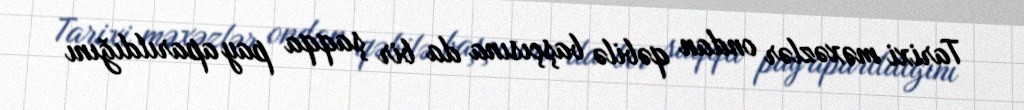
Tarixi məxəzlər ondan qəbilə başçısına da bir şaqqa pay aparıldığını